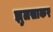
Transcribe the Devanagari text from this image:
झुलसाकर